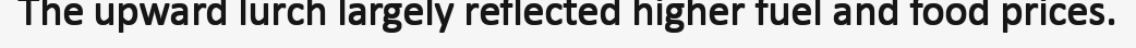
The upward lurch largely reflected higher fuel and food prices.